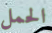
الحمل